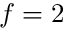
f = 2